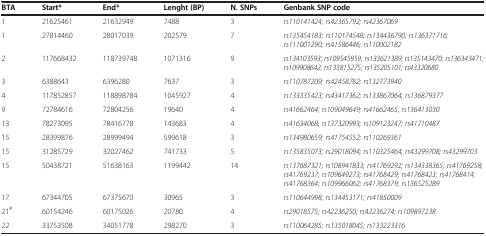
<table><thead><tr><td><b>BTA</b></td><td><b>Start*</b></td><td><b>End*</b></td><td><b>Lenght (BP)</b></td><td><b>N. SNPs</b></td><td><b>Genbank SNP code</b></td></tr></thead><tbody><tr><td>1</td><td>21625461</td><td>21632949</td><td>7488</td><td>3</td><td><i>rs110141424; rs42365792; rs42367069</i></td></tr><tr><td>1</td><td>27814460</td><td>28017039</td><td>202579</td><td>7</td><td><i>rs135454183; rs110174548; rs134436790; rs136371716; rs111001290; rs41586446; rs110002182</i></td></tr><tr><td>2</td><td>117668432</td><td>118739748</td><td>1071316</td><td>9</td><td><i>rs134103593; rs109545959; rs133621389; rs135143470; rs136343471; rs109908642; rs133815275; rs135205101; rs43320680</i></td></tr><tr><td>3</td><td>6388643</td><td>6396280</td><td>7637</td><td>3</td><td><i>rs110787209; rs42458782; rs132773940</i></td></tr><tr><td>4</td><td>117852857</td><td>118898784</td><td>1045927</td><td>4</td><td><i>rs133335423; rs43417362; rs133867064; rs136879377</i></td></tr><tr><td>9</td><td>72784616</td><td>72804256</td><td>19640</td><td>4</td><td><i>rs41662464; rs109049649; rs41662465; rs136413030</i></td></tr><tr><td>13</td><td>78273095</td><td>78416778</td><td>143683</td><td>4</td><td><i>rs41634068; rs137320993; rs109123247; rs41710487</i></td></tr><tr><td>15</td><td>28399876</td><td>28999494</td><td>599618</td><td>3</td><td><i>rs134980659; rs41754552; rs110269361</i></td></tr><tr><td>15</td><td>31285729</td><td>32027462</td><td>741733</td><td>5</td><td><i>rs135835073; rs29018094; rs110325464; rs43299708; rs43299703</i></td></tr><tr><td>15</td><td>50438721</td><td>51638163</td><td>1199442</td><td>14</td><td><i>rs137687321; rs108941833; rs41769292; rs134338365; rs41769258; rs41769237; rs109649273; rs41768429; rs41768423; rs41768414; rs41768364; rs109966062; rs41768379; rs136525289</i></td></tr><tr><td>17</td><td>67344705</td><td>67375670</td><td>30965</td><td>3</td><td><i>rs110644998; rs134453171; rs41850009</i></td></tr><tr><td>21<sup>#</sup></td><td>60154246</td><td>60175026</td><td>20780</td><td>4</td><td><i>rs29018575; rs42236250; rs42236274; rs109897238</i></td></tr><tr><td>22</td><td>33753508</td><td>34051778</td><td>298270</td><td>3</td><td><i>rs110064285; rs135018045; rs133223316</i></td></tr></tbody></table>